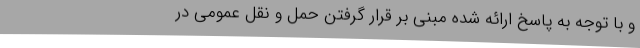
و با توجه به پاسخ ارائه شده مبنی بر قرار گرفتن حمل و نقل عمومی در